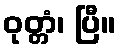
ဝုတ္တံ၊ ပြီ။